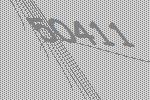
50411